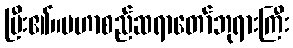
ပြီး၏။မဟာစည်ဆရာတော်ဘုရားကြီး